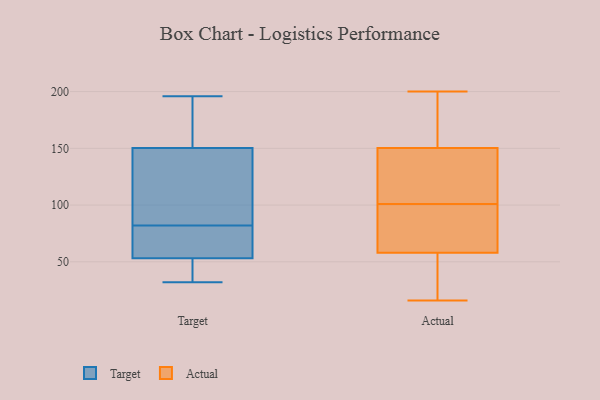
{"axis": {"x": "Operating Costs (USD K)", "y": "Value"}, "legend": ["Actual", "Target"], "data": [{"x": "", "y": 36, "type": "Target"}, {"x": "", "y": 32, "type": "Target"}, {"x": "", "y": 32, "type": "Target"}, {"x": "", "y": 136, "type": "Target"}, {"x": "", "y": 68, "type": "Target"}, {"x": "", "y": 53, "type": "Target"}, {"x": "", "y": 91, "type": "Target"}, {"x": "", "y": 82, "type": "Target"}, {"x": "", "y": 54, "type": "Target"}, {"x": "", "y": 155, "type": "Target"}, {"x": "", "y": 191, "type": "Target"}, {"x": "", "y": 180, "type": "Target"}, {"x": "", "y": 161, "type": "Target"}, {"x": "", "y": 104, "type": "Target"}, {"x": "", "y": 72, "type": "Target"}, {"x": "", "y": 93, "type": "Target"}, {"x": "", "y": 62, "type": "Target"}, {"x": "", "y": 40, "type": "Target"}, {"x": "", "y": 196, "type": "Target"}, {"x": "", "y": 49, "type": "Actual"}, {"x": "", "y": 161, "type": "Actual"}, {"x": "", "y": 16, "type": "Actual"}, {"x": "", "y": 130, "type": "Actual"}, {"x": "", "y": 154, "type": "Actual"}, {"x": "", "y": 101, "type": "Actual"}, {"x": "", "y": 54, "type": "Actual"}, {"x": "", "y": 154, "type": "Actual"}, {"x": "", "y": 42, "type": "Actual"}, {"x": "", "y": 139, "type": "Actual"}, {"x": "", "y": 75, "type": "Actual"}, {"x": "", "y": 72, "type": "Actual"}, {"x": "", "y": 70, "type": "Actual"}, {"x": "", "y": 111, "type": "Actual"}, {"x": "", "y": 200, "type": "Actual"}]}